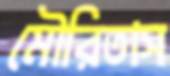
মৌরিতাস